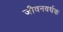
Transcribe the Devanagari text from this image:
जीवनवर्धक